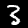
Label: 3